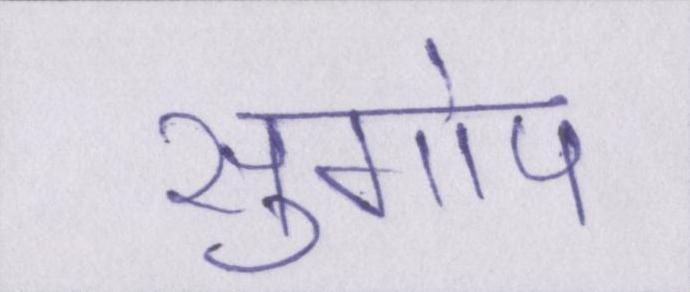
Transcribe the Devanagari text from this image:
सुगोप